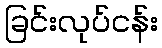
ခြင်းလုပ်ငန်း